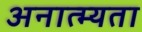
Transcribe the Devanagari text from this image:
अनात्म्यता